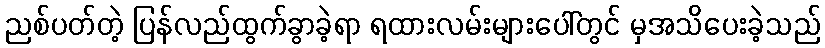
ညစ်ပတ်တဲ့ ပြန်လည်ထွက်ခွာခဲ့ရာ ရထားလမ်းများပေါ်တွင် မှအသိပေးခဲ့သည်